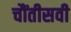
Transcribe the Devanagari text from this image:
चौंतीसवी